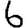
Digit: 6